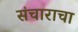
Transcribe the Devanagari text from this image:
संचाराचा